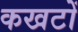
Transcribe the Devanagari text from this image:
कखटों